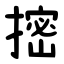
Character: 㨸